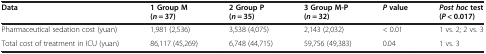
<table><thead><tr><td><b>Data</b></td><td><b>1 Group M (<i>n</i> = 37)</b></td><td><b>2 Group P (<i>n</i> = 35)</b></td><td><b>3 Group M-P (<i>n</i> = 32)</b></td><td><b><i>P </i>value</b></td><td><b><i>Post hoc </i>test (<i>P</i> &lt; 0.017)</b></td></tr></thead><tbody><tr><td>Pharmaceutical sedation cost (yuan)</td><td>1,981 (2,536)</td><td>3,538 (4,075)</td><td>2,143 (2,032)</td><td>&lt; 0.01</td><td>1 vs. 2; 2 vs. 3</td></tr><tr><td>Total cost of treatment in ICU (yuan)</td><td>86,117 (45,269)</td><td>6,748 (44,715)</td><td>59,756 (49,383)</td><td>0.04</td><td>1 vs. 3</td></tr></tbody></table>